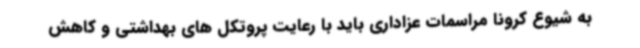
به شیوع کرونا مراسمات عزاداری باید با رعایت پروتکل های بهداشتی و کاهش